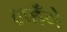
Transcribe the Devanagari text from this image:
लहँगे